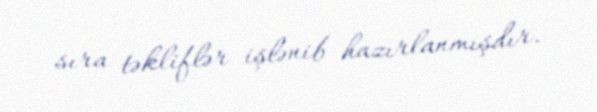
sıra təkliflər işlənib hazırlanmışdır.